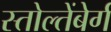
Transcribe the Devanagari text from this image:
स्तोल्तेंबेर्ग